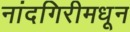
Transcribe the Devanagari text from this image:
नांदगिरीमधून